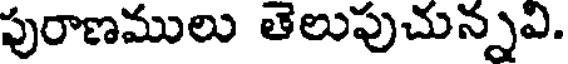
పురాణములు తెలుపుచున్నవి.